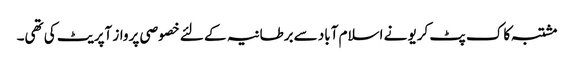
مشتبہ کاک پٹ کریو نے اسلام آباد سےبرطانیہ کے لئے خصوصی پرواز آپریٹ کی تھی۔